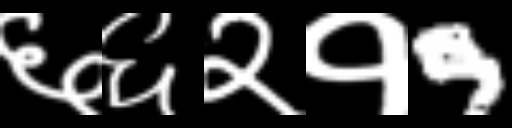
Text: ६६२१9